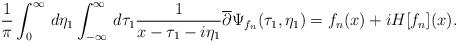
LaTeX: \begin{align*}\frac{1}{\pi}\int_{0}^{\infty}\,d\eta_1\int_{-\infty}^{\infty}\,d\tau_1 \frac{1}{x-\tau_1-i\eta_1}\overline{\partial}\Psi_{f_n}(\tau_1,\eta_1) = f_n(x)+iH[f_n](x) .\end{align*}